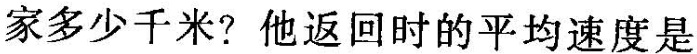
家多少千米?他返回时的平均速度是